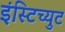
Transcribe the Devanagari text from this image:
इंस्टिच्युट